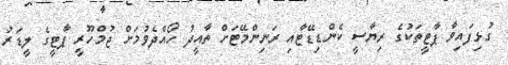
ގުޅިފައިވާ ޕާޓީތަކުގެ ރިޔާސީ ކެންޑިޑޭޓާއި ރަނިންމޭޓަށް ތާއީދު ހޯއްދެވުމަށް ޖުމްހޫރީ ޕާޓީގެ ލީޑަރު